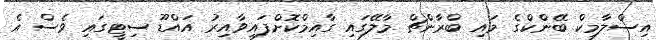
އިސްލާމިކް ބޭންކްގެ މައި ބްރާންޗް މާލޭގައި ގާއިމްކޮށްފައިވާއިރު އައްޑޫ ސިޓީގައި ވެސް އެ